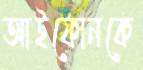
আইফোনকে